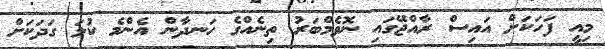
މިއީ ފަހަކަށް އައިސް ރާއްޖޭގައި ނޮވެމްބަރު ތިނެއްގެ ހަނދާން އެންމެ ކުލަ ގަދަކަށް